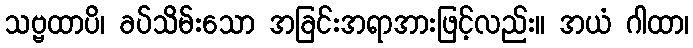
သဗ္ဗထာပိ၊ ခပ်သိမ်းသော အခြင်းအရာအားဖြင့်လည်း။ အယံ ဂါထာ၊